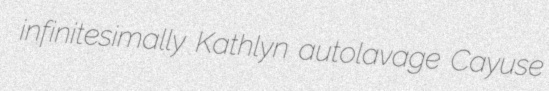
infinitesimally Kathlyn autolavage Cayuse